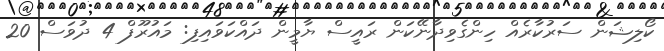
ކޯލިޝަން ސަރުކާރެއް ހިންގެވިދާނޭކަން ރައީސް ޔާމީން ދައްކަވައިފި: މައުރޫފް 4 ދުވަސް 20